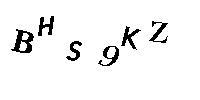
BHS9KZ